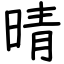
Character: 晴